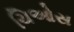
ચિઓસ